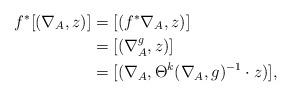
LaTeX: \begin{align*}f^{*}[(\nabla_A,z)]&=[(f^{*}\nabla_A,z)]\\ &=[(\nabla_A^g,z)]\\ &=[(\nabla_A,\Theta^{k}(\nabla_A,g)^{-1}\cdot z)],\end{align*}